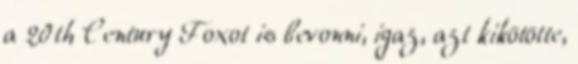
a 20th Century Foxot is bevonni, igaz, azt kikötötte,